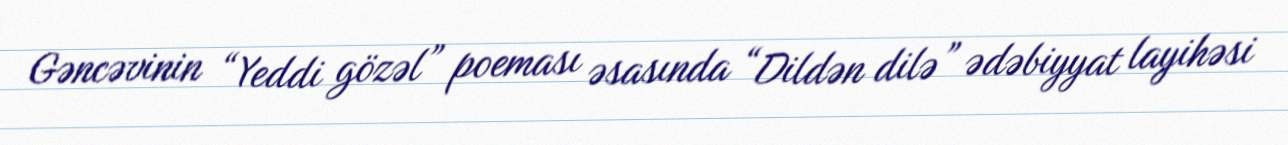
Gəncəvinin “Yeddi gözəl” poeması əsasında “Dildən dilə” ədəbiyyat layihəsi